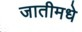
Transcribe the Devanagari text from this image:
जातीमधे